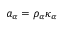
a _ { \alpha } = \rho _ { \alpha } \kappa _ { \alpha }